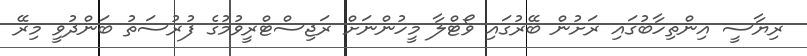
ރިޔާސީ އިންތިހާބުގައި ރަށުން ބޭރުގައި ވޯޓްލާ މީހުންނަށް ރަޖިސްޓްރީވުމުގެ ފުރުސަތު ބަންދުވީ މިރޭ